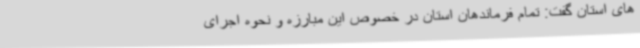
های استان گفت: تمام فرماندهان استان در خصوص این مبارزه و نحوه اجرای